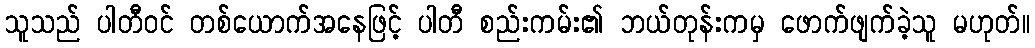
သူသည် ပါတီဝင် တစ်ယောက်အနေဖြင့် ပါတီ စည်းကမ်း၏ ဘယ်တုန်းကမှ ဖောက်ဖျက်ခဲ့သူ မဟုတ်။